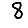
Digit: 8